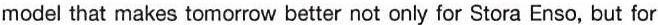
model that makes tomorrow better not only for Stora Enso, but for